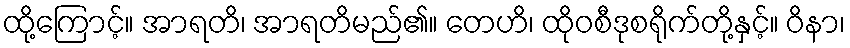
ထို့ကြောင့်။ အာရတိ၊ အာရတိမည်၏။ တေဟိ၊ ထိုဝစီဒုစရိုက်တို့နှင့်။ ဝိနာ၊